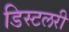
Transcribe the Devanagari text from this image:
डिस्टलरी